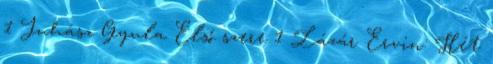
1 Juhász Gyula Első szere 1 Lázár Ervin: Hét